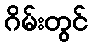
ဂိမ်းတွင်